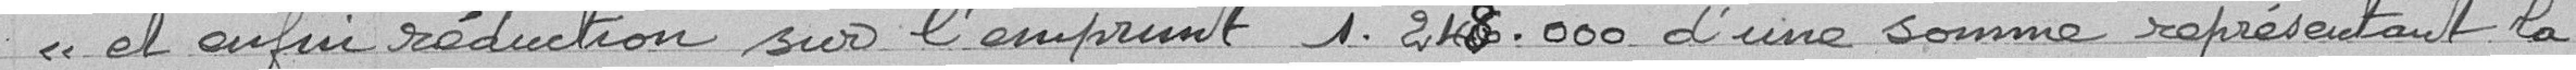
el enfui réduction sur l'emprunt 1. 248. 000 d'une somme représentant la